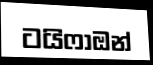
ටයිෆාඔන්